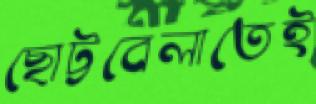
ছোট্টবেলাতেই